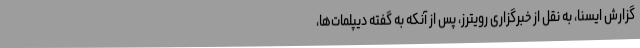
گزارش ایسنا، به نقل از خبرگزاری رویترز، پس از آنکه به گفته دیپلمات‌ها،